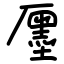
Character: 㕓